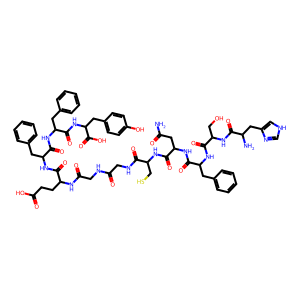
SMILES: NC(=O)CC(NC(=O)C(Cc1ccccc1)NC(=O)C(CO)NC(=O)C(N)Cc1c[nH]cn1)C(=O)NC(CS)C(=O)NCC(=O)NCC(=O)NC(CCC(=O)O)C(=O)NC(Cc1ccccc1)C(=O)NC(Cc1ccccc1)C(=O)NC(Cc1ccc(O)cc1)C(=O)O
Inhibits HIV replication: No